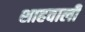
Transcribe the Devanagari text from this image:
शाहवाली